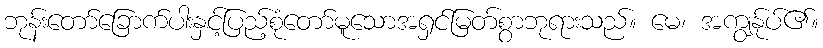
ဘုန်းတော်ခြောက်ပါးနှင့်ပြည့်စုံတော်မူသောအရှင်မြတ်စွာဘုရားသည်။ မေ၊ အကျွန်ုပ်၏။